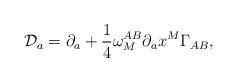
LaTeX: \begin{align*}{\cal D}_a=\partial_a + {1\over 4}\omega_M^{AB}\partial_ax^M\Gamma_{AB},\end{align*}